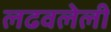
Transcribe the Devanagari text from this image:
लढवलेली